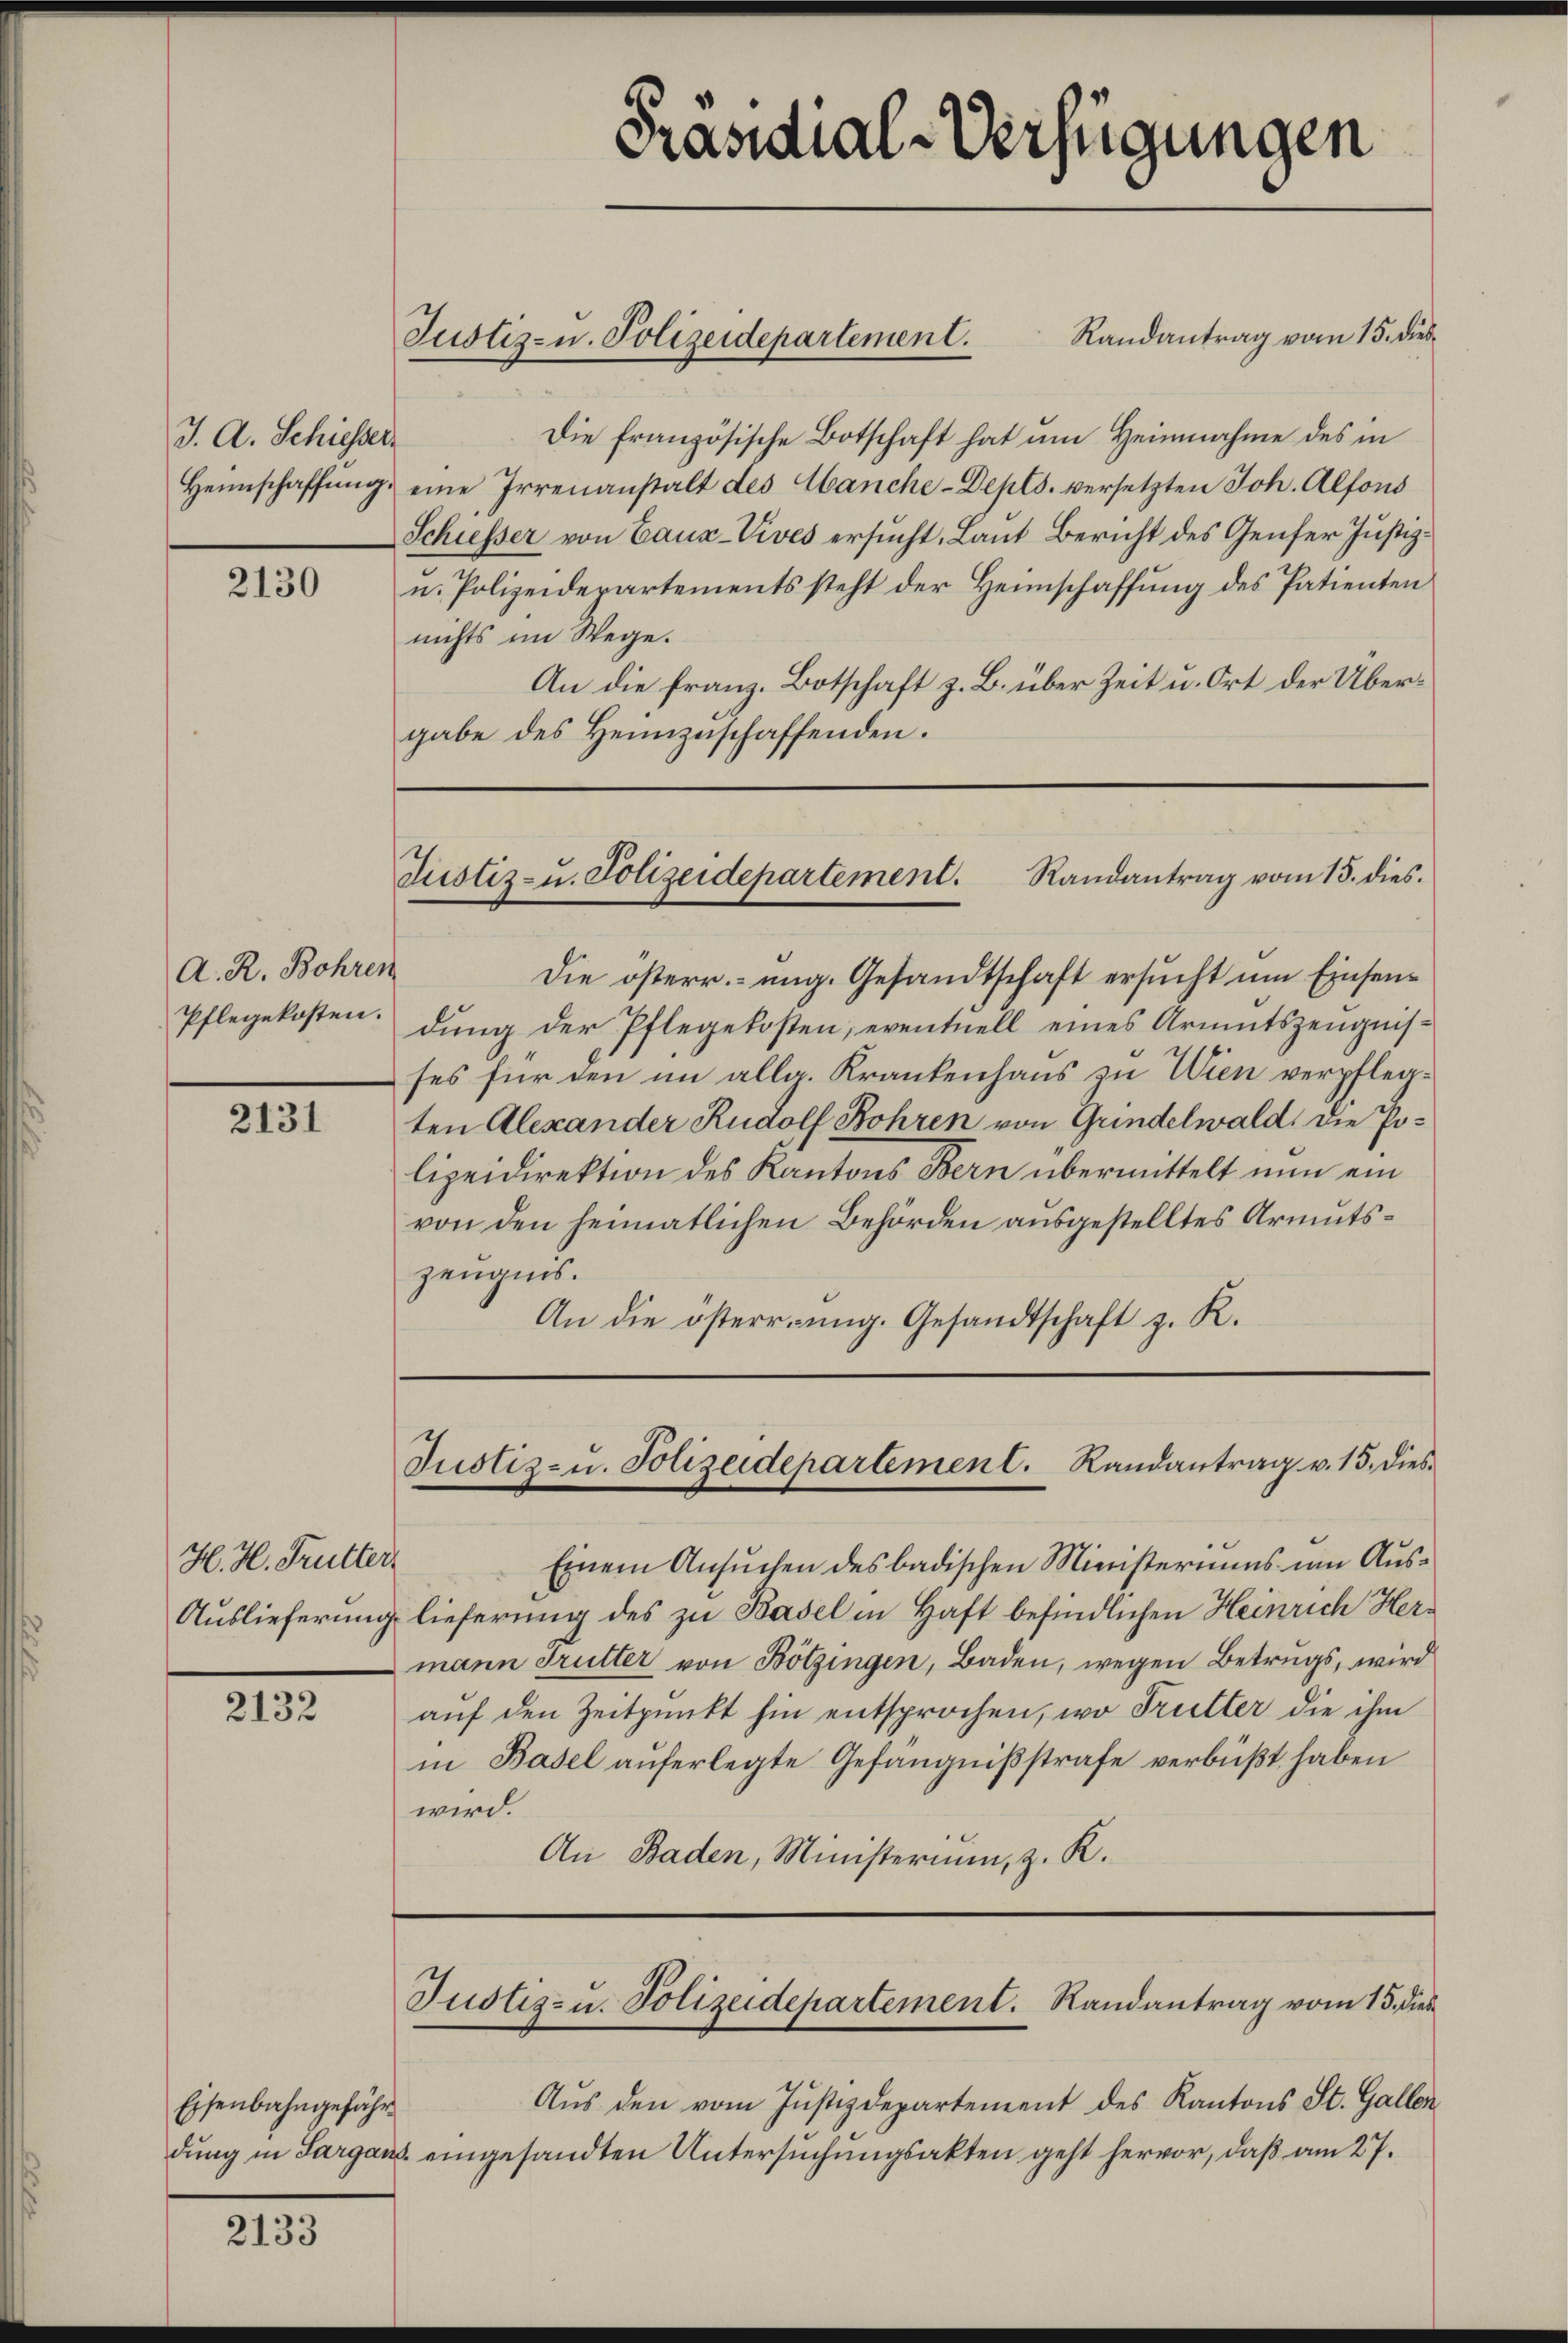
J. A. Schiesser

2130

A. R. Bohren
Pflegekosten.

2131

H. H. Trutter

2132

Randantrag vom 15. Dieb¬
Die französische Botschaft hat um Heinnahme des in
Heimschaffŭng eine Irrenanstalt des Hanche-Depts. versetzten Joh. Alfons
Schiesser von Caus-Vives ersucht, Laut Bericht des Genfer Justiz¬
u. Polizeidepartements steht der Heimschaffung des Patienten
nichts im Wege.
An die franz. Botschaft z. B. über Zeit u. Ort der Übergabe des Heimzuschaffenden.

Eisenbahngefähr
dung in Sargaus

2133

Die österr. ung. Gesandtschaft ersucht um Einsendung der Pflegekosten, eventuell eines Armutszeugnisses für den im allg. Krankenhaus zu Wien verpflegten Alexander Rudolf Bohren von Gundelwald. Die Polizeidirektion des Kantons Bern übermittelt nun ein
von den heimatlichen Behörden ausgestelltes Armutszeugnis.
An die österrung. Gesandtschaft z. R.

Einem Ansuchen des badischen Ministeriums um Aus¬
Auslieferung lieferung des zu Basel in Haft befindlichen Heinrich Hermann Trutter von Bötzingen, Baden, wegen Betrugs, wird
auf den Zeitpunkt hin entsprochen, wo Trutter die ihm
in Basel auferlegte Gefängnißstrafe verbüßt haben
wird.
An Baden, Ministerium, z. K.

Justiz- u. Polizeidepartement.

Präsidial-Verfügungen

Justiz- u. Polizeidepartement. Randantrag vom 15. dies

Justiz- u. Polizeidepartement. Randantrag v. 15. Dies

Justiz- u. Polizeidepartement. Randantrag vom 15. dies

Aus den vom Justizdepartement des Kantons St. Gallen
eingesandten Untersuchungsakten geht hervor, daß am 27.